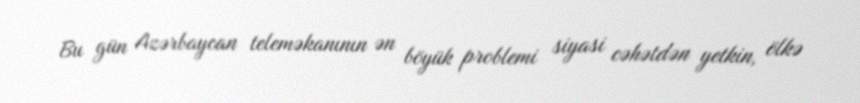
Bu gün Azərbaycan teleməkanının ən böyük problemi siyasi cəhətdən yetkin, ölkə